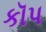
કૉપ